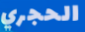
الحجري